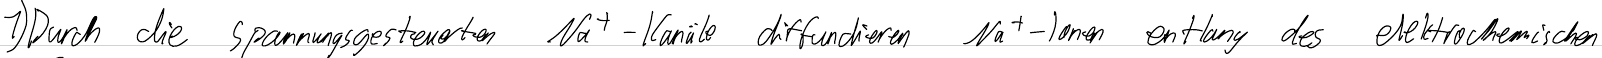
1) Durch die spannungsgesteuerten Na+-Kanäle diffundieren Na+-Ionen entlang des elektrochemischen